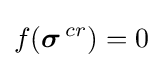
f({{\boldsymbol {\sigma }}^{\,cr}})=0